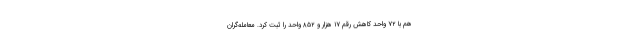
هم با ۷۲ واحد کاهش رقم ۱۷ هزار و ۸۵۲ واحد را ثبت کرد. معامله‌گران